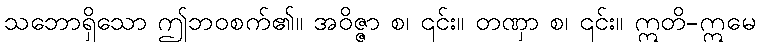
သဘောရှိသော ဤဘဝစက်၏။ အဝိဇ္ဇာ စ၊ ၎င်း။ တဏှာ စ၊ ၎င်း။ ဣတိ-ဣမေ